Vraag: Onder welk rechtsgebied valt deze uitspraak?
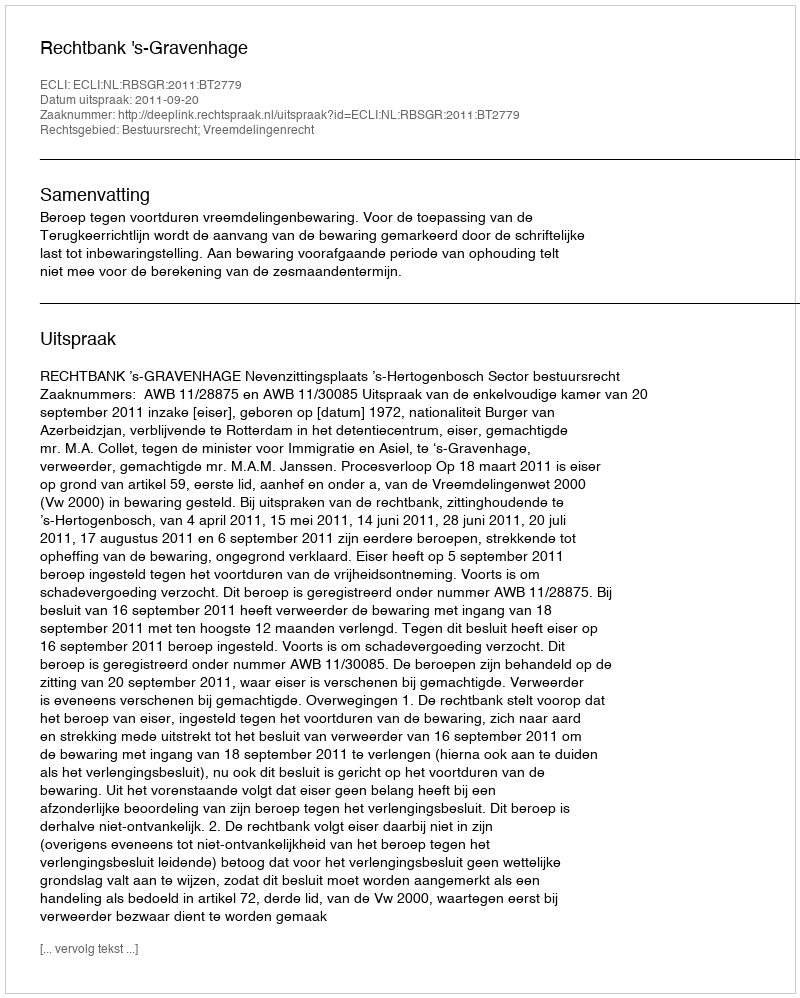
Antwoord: Bestuursrecht; Vreemdelingenrecht